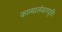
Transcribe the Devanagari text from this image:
काव्यालंकारवृति